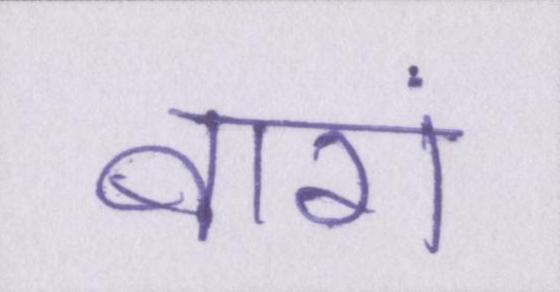
बारां